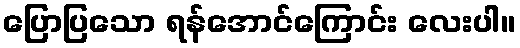
ပြောပြသော ရန်အောင်ကြောင်း လေးပါ။